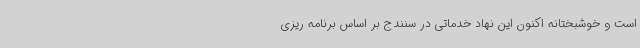
است و خوشبختانه اکنون این نهاد خدماتی در سنندج بر اساس برنامه ریزی